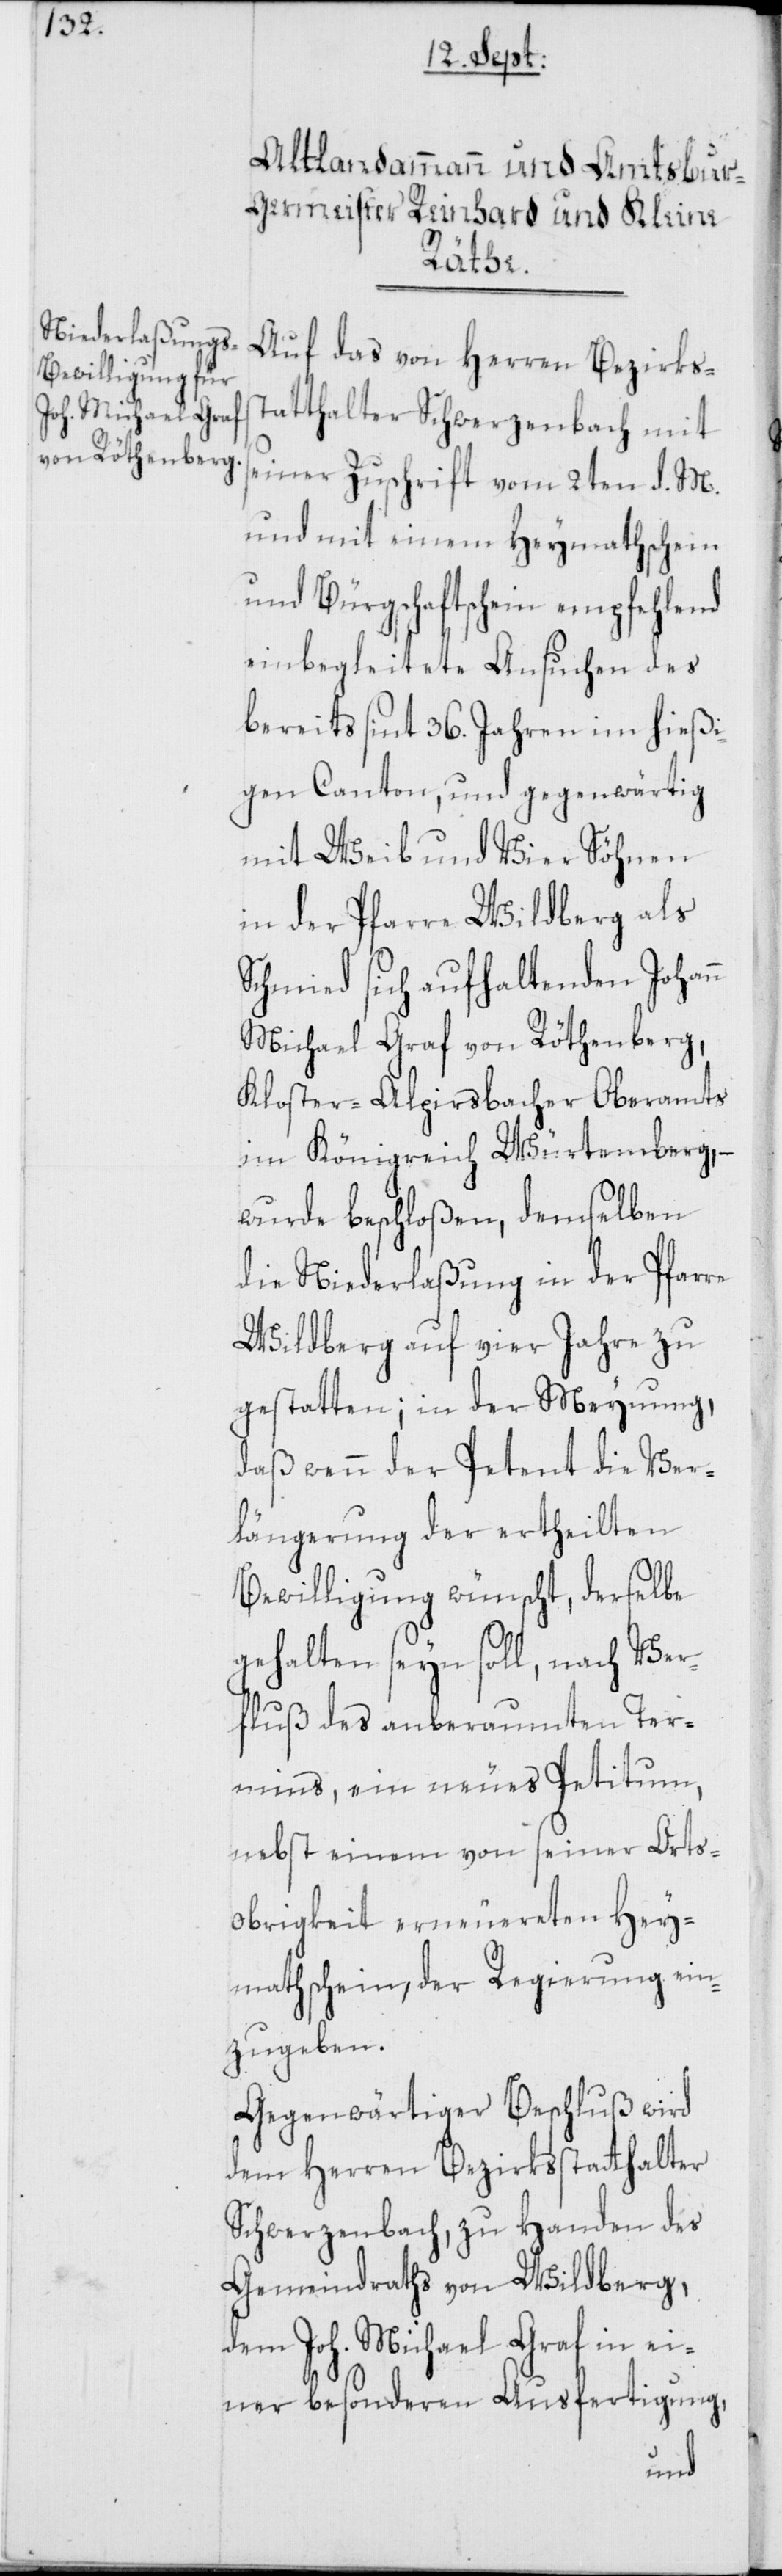
Auf das von Herren Bezirkss¬
tatthalter Schwerzenbach mit
seiner Zuschrift vom 2ten d. M.
und mit einem Heymathschein
und Bürgschaftschein empfehlend
einbegleitete Ansuchen des
bereits sint 36. Jahren im hießi¬
gen Canton, und gegenwärtig
mit Weib und Vier Söhnen
in der Pfarre Wildberg als
Schmied sich aufhaltenden Johann
Michael Graf von Röthenberg,
Kloster-Alpirsbacher Oberamts
im Königreich Würtemberg, –
wurde beschloßen, demselben
die Niederlaßung in der Pfarre
Wildberg auf vier Jahre zu
gestatten; in der Meynung,
daß wenn der Petent die Ver¬
längerung der ertheilten
Bewilligung wünscht, derselbe
gehalten seyn soll, nach Ver¬
fluß des anberaumten Ter¬
mins, ein neues Petitum,
nebst einem von seiner Orts¬
obrigkeit erneuereten Hey¬
mathschein, der Regierung ein¬
zugeben.
Gegenwärtiger Beschluß wird
dem Herren Bezirksstatthalter
Schwerzenbach, zu Handen des
Gemeindraths von Wildberg,
dem Joh. Michael Graf in ei¬
ner besonderen Ausfertigung,